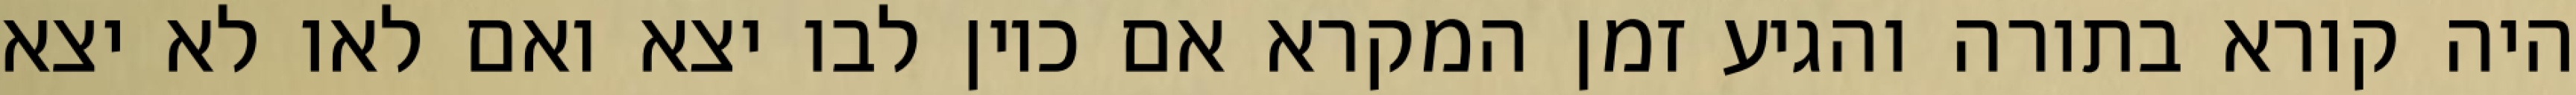
היה קורא בתורה והגיע זמן המקרא אם כיון לבו יצא ואם לאו לא יצא